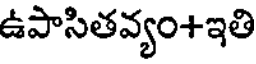
ఉపాసితవ్యం+ఇతి